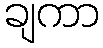
ချကာ